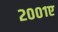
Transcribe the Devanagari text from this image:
२००१ए